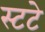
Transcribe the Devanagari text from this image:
स्टटे